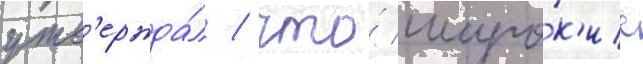
утв'ержда́л / что́ широ́к'ие